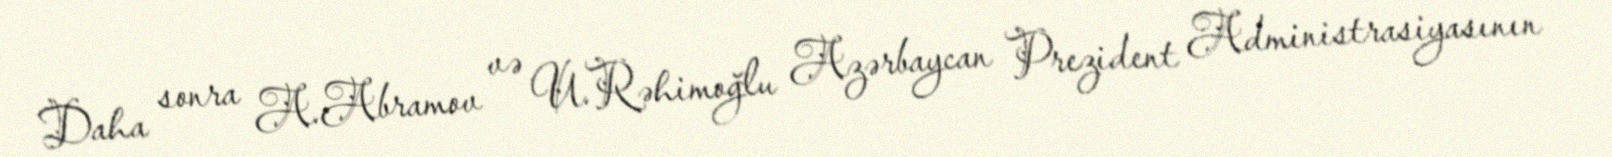
Daha sonra A.Abramov və U.Rəhimoğlu Azərbaycan Prezident Administrasiyasının